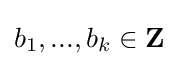
b_{1},...,b_{k}\in \mathbf {Z}